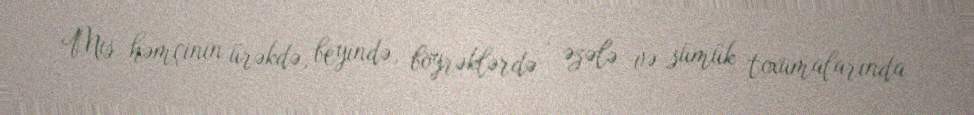
Mis həmçinin ürəkdə, beyində, böyrəklərdə , əzələ və sümük toxumalarında